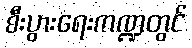
စီးပွားရေးကဏ္ဍတွင်